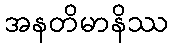
အနတိမာနိဿ